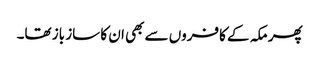
پھر مکہ کے کافروں سے بھی ان کا ساز باز تھا۔